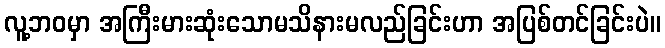
လူ့ဘဝမှာ အကြီးမားဆုံးသောမသိနားမလည်ခြင်းဟာ အပြစ်တင်ခြင်းပဲ။